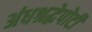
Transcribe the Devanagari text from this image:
अंधश्रद्धेपोटी